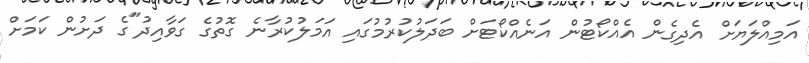
އަމިއްލަޔަށް އެދިގެން އެއްކޯޓުން އަނެއްކޯޓަށް ބަދަލުކުރުމުގައި އަމަލުކުރާނެ ގޮތުގެ ގަވާއިދު"ގެ ދަށުން ކަމަށް